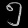
Digit: ၅